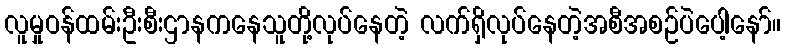
လူမှုဝန်ထမ်းဦးစီးဌာနကနေသူတို့လုပ်နေတဲ့ လက်ရှိလုပ်နေတဲ့အစီအစဉ်ပဲပေါ့နော်။